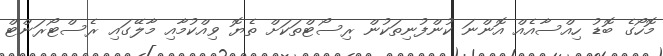
މޮހޯގެ ބޮޑު ހިއްސާއެއް އޮންނަ ކުންފުނިތަކުން ރިސޯޓްތަކަށް ތެޔޮ ވިއްކުމާއި މާލޭގައި ރެސްޓޯރަންޓް